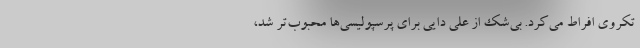
تکروی افراط می‌کرد. بی‌شک از علی دایی برای پرسپولیسی‌ها محبوب‌تر شد،